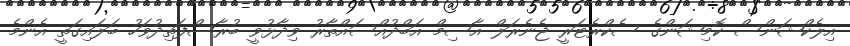
އިލެކްޝަންސް ކޮމިޝަންގެ ސެކްރެޓަރީ ޖެނެރަލް އާސިމް އަބްދުއްސައްތާރު ވިދާޅުވީ ބުރާސްފަތިދުވަހު ބަލައިގަތީ އެންމެ